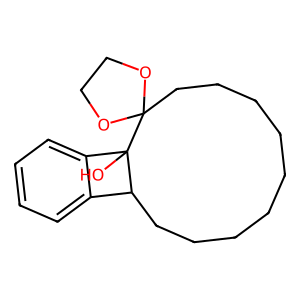
SMILES: OC12c3ccccc3C1CCCCCCCCCC21OCCO1
Inhibits HIV replication: No